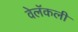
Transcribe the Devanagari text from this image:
वेलॅकली